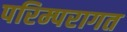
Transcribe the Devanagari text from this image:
परिम्परागत